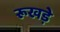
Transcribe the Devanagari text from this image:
रूखड़े